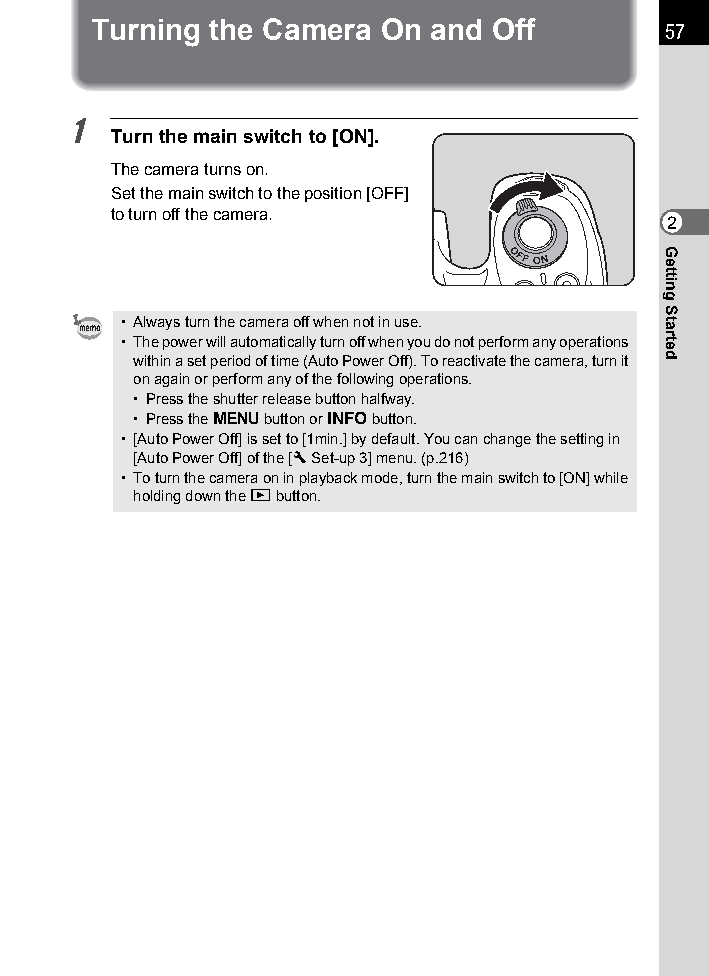
Turning the Camera On and Off         57
 1
 Turn the main switch to [ON].
 The camera turns on.
 Set the main switch to the position [OFF]
 to turn off the camera.
 2
 • Always turn the camera off when not in use.
 • The power will automatically turn off when you do not perform any operations
 within a set period of time (Auto Power Off). To reactivate the camera, turn it
 on again or perform any of the following operations.
 • Press the shutter release button halfway.
 • Press the 3 button or M button.
 • [Auto Power Off] is set to [1min.] by default. You can change the setting in
 [Auto Power Off] of the [RSet-up3] menu. (p.216)
 • To turn the camera on in playback mode, turn the main switch to [ON] while
 holding down the Q button.
 Getting
 Started